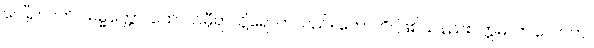
ပေါ်၍။ ပတိဂါဓမ္မတ္တော၊ ထောက်မှီရာသို့ရောက်သည်။ ဟောတိ၊ ဖြစ်သနည်း။ ဣဓ၊ ဤလောက။